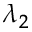
\lambda _ { 2 }